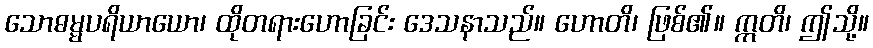
သောဓမ္မပရိယာယော၊ ထိုတရားဟောခြင်း ဒေသနာသည်။ ဟောတိ၊ ဖြစ်၏။ ဣတိ၊ ဤသို့။